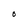
Character: O